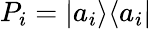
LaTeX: P_{i}=|a_{i}\rangle\langle a_{i}|